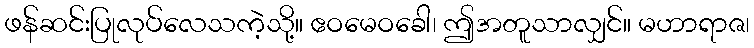
ဖန်ဆင်းပြုလုပ်လေသကဲ့သို့။ ဧဝမေဝခေါ၊ ဤအတူသာလျှင်။ မဟာရာဇ၊